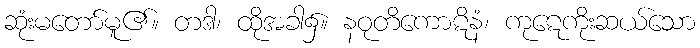
ဆုံးမတော်မူ၏။ တဒါ၊ ထိုအခါ၌။ နဝုတိကောဋိနံ၊ ကုဋေကိုးဆယ်သော